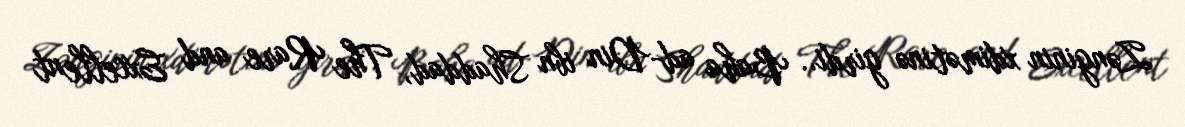
Zənginin xdimətinə girdi.. Baha ad-Din ibn Shaddad, The Rare and Excellent